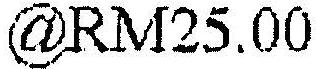
@RM25.00